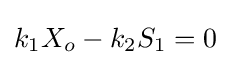
k_{1}X_{o}-k_{2}S_{1}=0